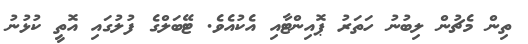
ތިން މެޗުން ލިބުނު ހަތަރު ޕޮއިންޓާއި އެކުއެވެ. ޓޭބަލްގެ ފުލުގައި އޮތީ ކުޅުނު